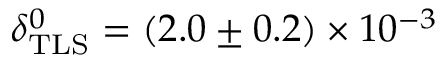
\delta _ { \mathrm { T L S } } ^ { 0 } = ( 2 . 0 \pm 0 . 2 ) \times 1 0 ^ { - 3 }